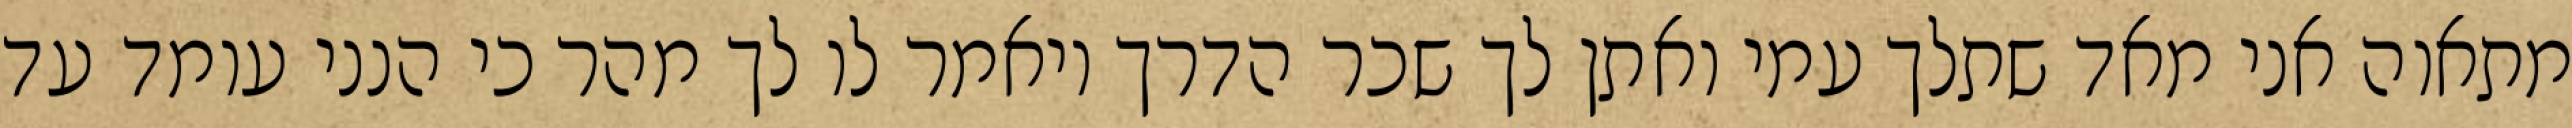
מתאוה אני מאד שתלך עמי ואתן לך שכר הדרך ויאמר לו לך מהר כי הנני עומד עד